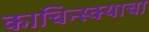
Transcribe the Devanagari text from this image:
काचिन्स्क्याचा